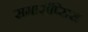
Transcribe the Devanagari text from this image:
समारॉप्सिस